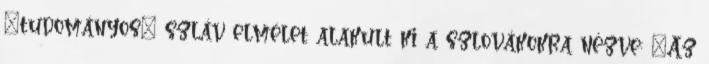
„tudományos” szláv elmélet alakult ki a szlovákokra nézve: „Az